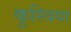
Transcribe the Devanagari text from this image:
कुस्त्रिया